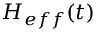
H _ { e f f } ( t )